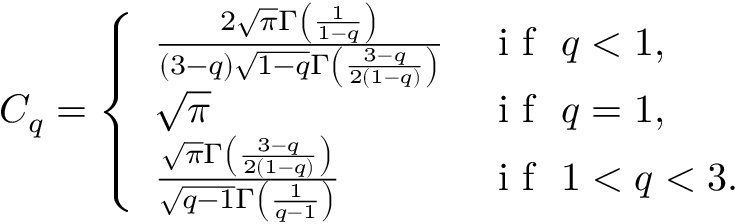
C _ { q } = \left\{ \begin{array} { l l } { \frac { 2 \sqrt { \pi } \Gamma \left( \frac { 1 } { 1 - q } \right) } { \left( 3 - q \right) \sqrt { 1 - q } \Gamma \left( \frac { 3 - q } { 2 \left( 1 - q \right) } \right) } } & { \textrm { i f } \ q < 1 , } \\ { \sqrt { \pi } } & { \textrm { i f } \ q = 1 , } \\ { \frac { \sqrt { \pi } \Gamma \left( \frac { 3 - q } { 2 \left( 1 - q \right) } \right) } { \sqrt { q - 1 } \Gamma \left( \frac { 1 } { q - 1 } \right) } } & { \textrm { i f } \ 1 < q < 3 . } \end{array} \right.